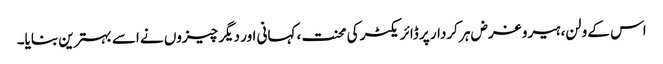
اس کے ولن، ہیرو غرض ہر کردار پر ڈائریکٹر کی محنت، کہانی اور دیگر چیزوں نے اسے بہترین بنایا۔